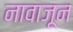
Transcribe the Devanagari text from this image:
नावाजून